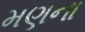
મણના